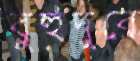
বুহুদুরে